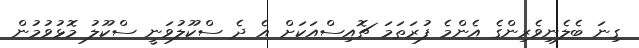
ގިނަ ބެލެނިވެރިންގެ އެންމެ ފުރަތަމަ ޗޮއިސްއަކަށް އެ ދެ ސްކޫލުވަނީ ސްކޫލު މޮޅުވުމުން